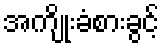
အကျိုးခံစားခွင့်